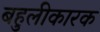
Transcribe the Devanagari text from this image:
बहुलीकारक